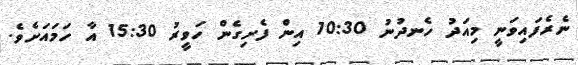
ނެރެފައިވަނީ މިއަދު ހެނދުނު 10:30 އިން ފެށިގެން ހަވީރު 15:30 އާ ހަމައަށެވެ.